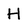
Character: H